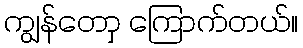
ကျွန်တောှ ကြောက်တယ်။